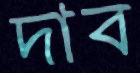
দাব